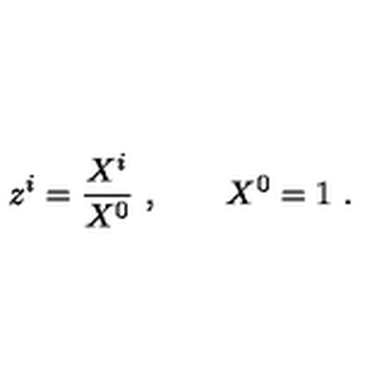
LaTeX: z ^ { i } = { \frac { X ^ { i } } { X ^ { 0 } } } \ , \qquad X ^ { 0 } = 1 \ .